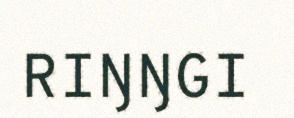
RIŊŊGI